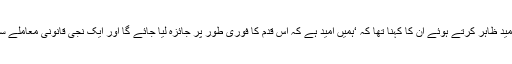
افغان حکومت کی جانب سے اس اعلان پر نظر ثانی کی امید ظاہر کرتے ہوئے ان کا کہنا تھا کہ ‘ہمیں امید ہے کہ اس قدم کا فوری طور پر جائزہ لیا جائے گا اور ایک نجی قانونی معاملے سےدو برادر ممالک کے تعلقات میں برا اثر نہیں پڑے گا’۔